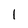
Character: 1